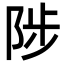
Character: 陟